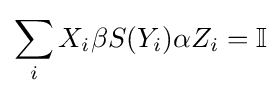
\sum _{i}X_{i}\beta S(Y_{i})\alpha Z_{i}=\mathbb {I}